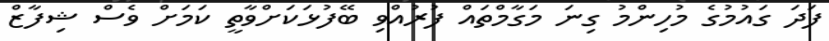
ފަދަ ގައުމުގެ މުހިންމު ގިނަ މަގާމްތައް ފުރުއްވި ބޭފުޅަކަށްވާތީ ކަމަށް ވެސް ޝިފާޒް